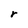
Character: r